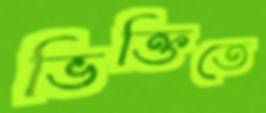
ভিক্তিতে